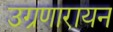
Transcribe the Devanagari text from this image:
उग्रणारायन